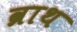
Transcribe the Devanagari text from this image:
व्राथ